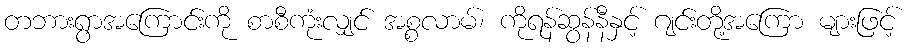
တဘားရွာအကြောင်းကို စာစီကုံးလျှင် အစ္စလာမ်၊ ကိုရန်ဆွန်နီနှင့် ဂျင်းတို့အကြော များဖြင့်